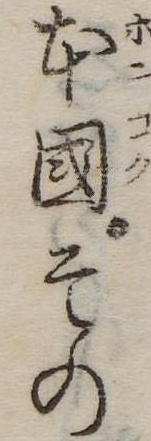
本国その